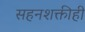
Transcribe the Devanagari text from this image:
सहनशक्तीही